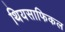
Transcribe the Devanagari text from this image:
थियसाफिकल